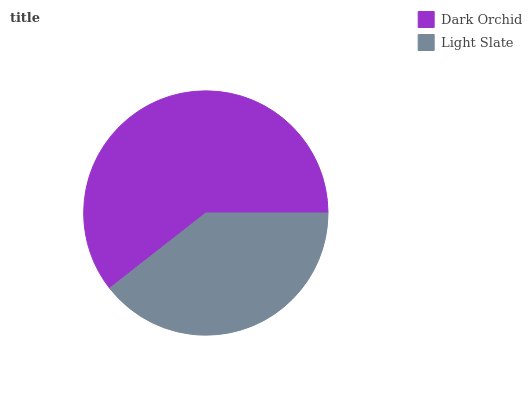
| Dark Orchid | Light Slate |
 | --- | --- |
 | 60.6% | 39.4% |